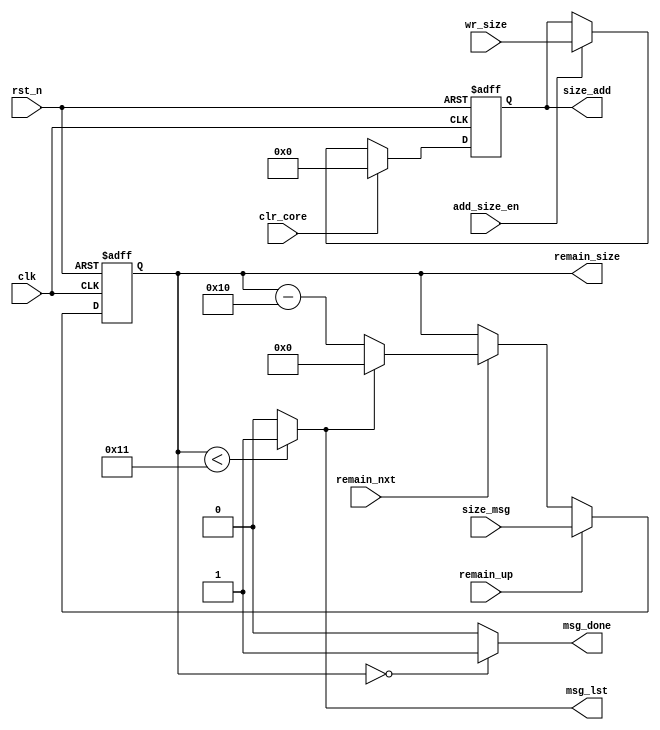
module moo_size_buf (/*AUTOARG*/
   // Outputs
   msg_done, msg_lst, remain_size, size_add,
   // Inputs
   clk, rst_n, clr_core, size_msg, remain_nxt, remain_up, add_size_en, wr_size
   ) ;
   input  clk, rst_n;
   input  clr_core;

   input  [31:0] size_msg;
   output        msg_done;
   output        msg_lst;

   input         remain_nxt;
   input         remain_up;
   output [31:0] remain_size;

   input         add_size_en;
   input  [15:0] wr_size;
   output [15:0] size_add;


   wire          msg_done;
   wire          msg_lst;
   reg [31:0]    remain_size;
   reg [15:0]    size_add;



   wire [31:0]   remain_sub;
   wire [31:0]   remain_size_nxt;

   assign remain_sub      = remain_size - 32'd16;
   assign msg_lst         = (remain_size < 32'd17) ? 1'b1 : 1'b0;
   assign msg_done        = (remain_size == 32'd0) ? 1'b1 : 1'b0;
   assign remain_size_nxt = msg_lst ? 32'd0 : remain_sub;

   always @ (posedge clk or negedge rst_n) begin
      if(!rst_n) begin
         remain_size <= 32'd0;
      end else begin
         if(remain_up) begin
            remain_size <= size_msg;
         end else if(remain_nxt) begin
            remain_size <= remain_size_nxt;
         end
      end
   end

   always @ (posedge clk or negedge rst_n) begin
      if(!rst_n) begin
         size_add <= 16'd0;
      end else begin
         if(clr_core) begin
            size_add <= 16'd0;
         end else if(add_size_en) begin
            size_add <= wr_size;
         end
      end
   end

endmodule // moo_size_buf